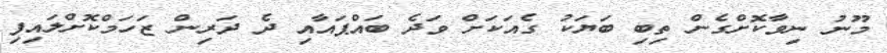
މޫނު ނިވާކޮށްގެން ތިބި ބަޔަކު ގެއަކަށް ވަދެ ބައްޕައާއި ދެ ދަރިން ޒަހަމްކޮށްލައިފި